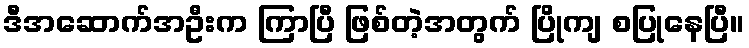
ဒီအဆောက်အဦးက ကြာပြီ ဖြစ်တဲ့အတွက် ပြိုကျ စပြုနေပြီ။